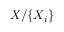
X / \{ X _ { i } \}